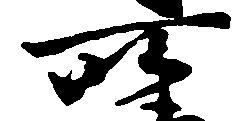
所